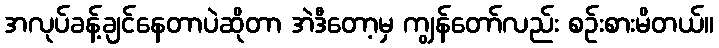
အလုပ်ခန့်ချင်နေတာပဲဆိုတာ အဲဒီတော့မှ ကျွန်တော်လည်း စဉ်းစားမိတယ်။